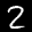
Label: 2